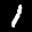
Label: 1